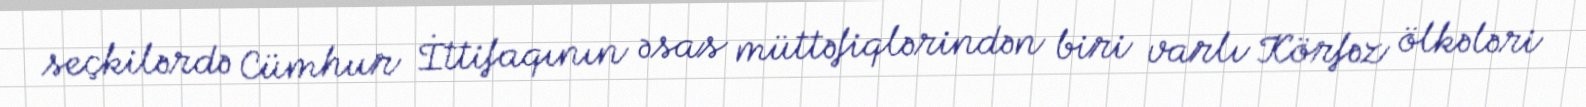
seçkilərdə Cümhur İttifaqının əsas müttəfiqlərindən biri varlı Körfəz ölkələri